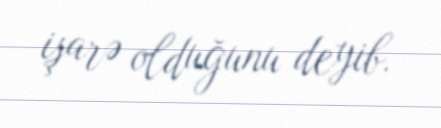
işarə olduğunu deyib.